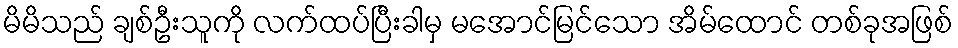
မိမိသည် ချစ်ဦးသူကို လက်ထပ်ပြီးခါမှ မအောင်မြင်သော အိမ်ထောင် တစ်ခုအဖြစ်